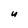
Character: U